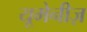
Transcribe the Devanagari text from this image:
यूमेनीज़